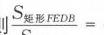
$S_{梯形FEBD}=$